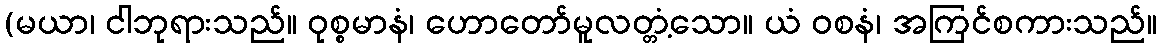
(မယာ၊ ငါဘုရားသည်။ ဝုစ္စမာနံ၊ ဟောတော်မူလတ္တံ့သော။ ယံ ဝစနံ၊ အကြင်စကားသည်။